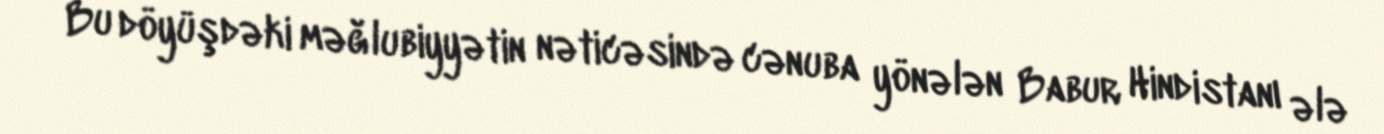
Bu döyüşdəki məğlubiyyətin nəticəsində cənuba yönələn Babur Hindistanı ələ